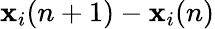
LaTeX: \mathbf{x}_{i}(n+1)-\mathbf{x}_{i}(n)